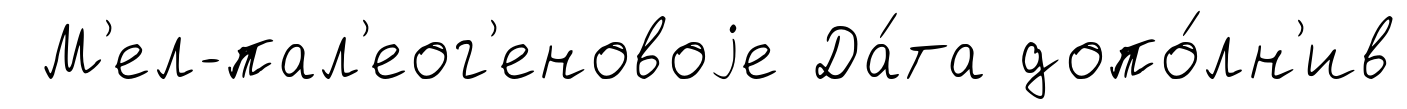
М'ел-пал'еог'еновоjе Да́та допо́лн'ив